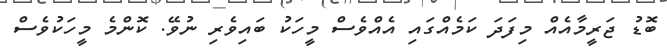
ބޮޑު ޖަރީމާއެއް މިފަދަ ކަމެއްގައި އެއްވެސް މީހަކު ބައިވެރި ނުވޭ. ކޮންމެ މީހަކުވެސް